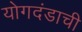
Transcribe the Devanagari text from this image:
योगदंडाची